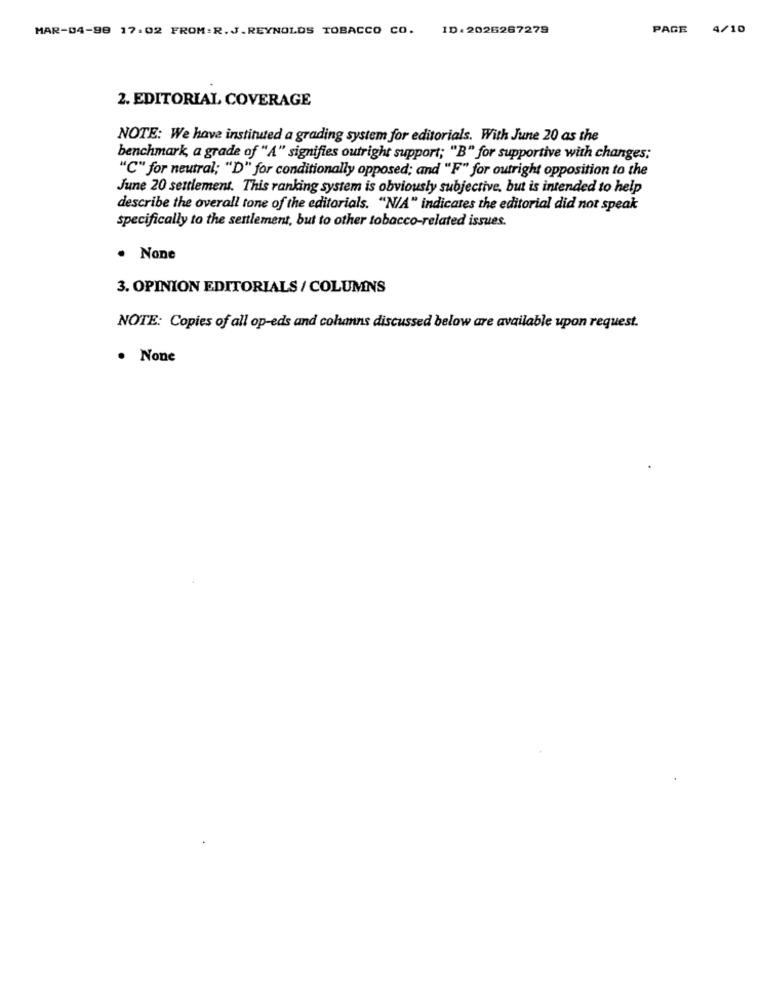
MAR-04-98 17:02 FROM:R.J.REYNOLDS TOBACCO CO. ID: 2026267279
PAGE 4/10
2. EDITORIAL COVERAGE
NOTE: We have instituted a grading system for editorials. With June 20 as the
benchmark, a grade of "A" signifies outright support; "B" for supportive with changes;
"C" for neutral; "D" for conditionally opposed; and "F" for outright opposition to the
June 20 settlement. This ranking system is obviously subjective, but is intended to help
describe the overall tone of the editorials. "N/A" indicates the editorial did not speak
specifically to the settlement, but to other tobacco-related issues.
· None
3. OPINION EDITORIALS / COLUMNS
NOTE: Copies of all op-eds and columns discussed below are available upon request.